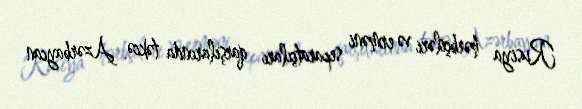
Rusiya hərbçiləri və erməni separatçıları qarşılarında təkcə Azərbaycan